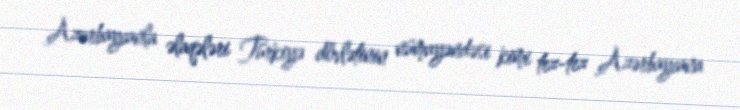
Azərbaycanla əlaqələri Türkiyə dövlətinin nümayəndəsi kimi tez-tez Azərbaycana